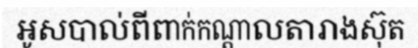
អូសបាល់ពីពាក់កណ្តាលតារាងស៊ុត